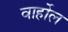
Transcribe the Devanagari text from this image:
वार्होल